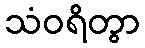
သံဝရိတွာ